Lunatic asylums Madras 1877-1891 - 1877-1891
Year: 1877
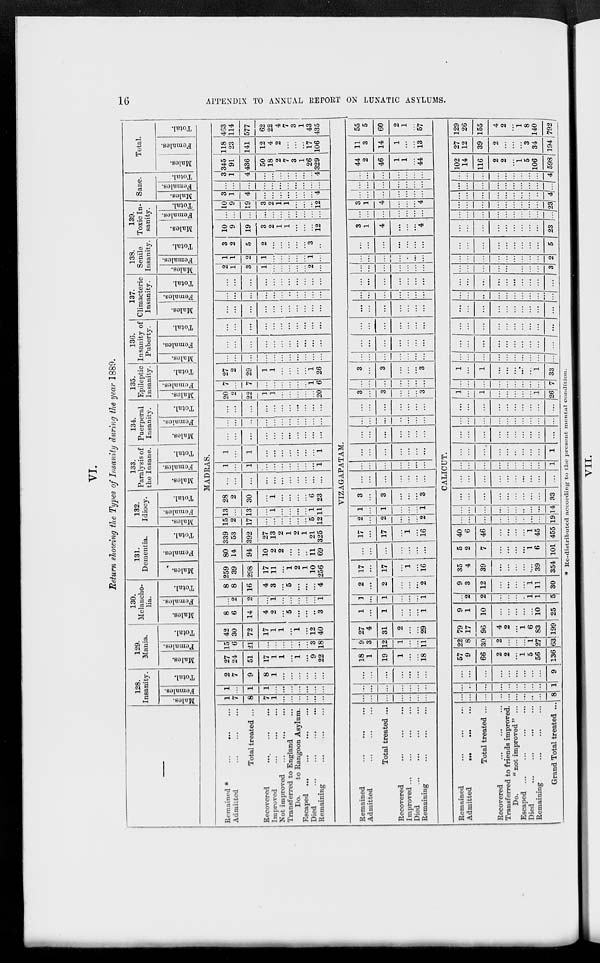
16
APPENDIX TO ANNUAL REPORT ON LUNATIC ASYLUMS.
VI.
Return showing the Types of Insanity during the year 1889.
128.
Insanity.
Males.
Females.
Total.
129.
Mania.
Males.
Females.
Total.
130.
Melancho-
lia.
Males.
Females.
Total.
131.
Dementia.
Males.
Females.
Total.
132.
Idiocy.
Males.
Females.
Total.
133.
Paralysis of
the Insane.
Males.
Females.
Total.
134.
Puerperal
Insanity.
Males.
Females.
Total.
135.
Epileptic
Insanity.
Males.
Females.
Total.
136.
Insanity of
Puberty.
Males.
Females.
Total.
137.
Climacteric
Insanity.
Males.
Females.
Total.
138.
Senile
Insanity.
Males.
Females.
Total.
139.
Toxic In-
sanity.
Males.
Females.
Total.
Sane.
Males.
Females.
Total.
Total.
Males.
Females.
Total.
MADRAS.
Remained * ... ... ...
Admitted
...
...
...
Total treated ...
Recovered
...
...
...
Improved
...
...
...
Not improved
...
...
...
Transferred to England ...
Do.
to Rangoon Asylum.
Escaped
...
...
...
...
Died
...
...
...
...
Remaining
...
...
...
1
7
8
7
1
...
...
...
...
...
...
1
...
1
1
...
...
...
...
...
...
...
2
7
9
8
1
...
...
...
...
...
...
27
24
51
17
1
1
...
1
...
9
22
15
6
21
...
...
...
...
...
...
3
18
42
30
72
17
1
1
...
1
...
12
40
8
6
14
4
2
...
5
...
...
...
3
...
2
2
...
1
...
...
...
...
...
1
8
8
16
4
3
...
5
...
...
...
4
259
39
298
17
11
...
1
2
1
10
256
80
14
94
10
2
2
...
...
...
11
69
339
53
392
27
13
2
1
2
1
21
325
15
2
17
...
...
...
...
...
...
5
12
13
...
13
...
1
...
...
...
...
1
11
28
2
30
...
1
...
...
...
...
6
23
...
...
...
...
...
...
...
...
...
...
...
1
...
1
...
...
...
...
...
...
...
1
1
...
1
...
...
...
...
...
...
...
1
...
...
...
...
...
...
...
...
...
...
...
...
...
...
...
...
...
...
...
...
...
...
...
...
...
...
...
...
...
...
...
...
...
20
2
22
1
1
...
...
...
...
...
20
7
...
7
...
...
...
...
...
...
1
6
27
2
29
1
1
...
...
...
...
1
26
...
...
...
...
...
...
...
...
...
...
...
...
...
...
...
...
...
...
...
...
...
...
...
...
...
...
...
...
...
...
...
...
...
...
...
...
...
...
...
...
...
...
...
...
...
...
...
...
...
...
...
...
...
...
...
...
...
...
...
...
...
...
...
...
...
...
2
1
3
1
...
...
...
...
...
2
...
1
1
2
1
...
...
...
...
...
1
...
3
2
5
2
...
...
...
...
...
3
...
10
9
19
3
2
1
1
...
...
...
12
...
...
...
...
...
...
...
...
...
...
...
10
9
19
3
2
1
1
...
...
...
12
3
1
4
...
...
...
...
...
...
...
4
...
...
...
...
...
...
...
...
...
...
...
3
1
4
...
...
...
...
...
...
...
4
345
91
436
50
18
2
7
3
1
26
329
118
23
141
12
4
2
...
...
...
17
106
463
114
577
62
22
4
7
3
1
43
435
VIZAGAPATAM.
Remained
...
...
...
Admitted
...
...
...
Total treated ...
Recovered
...
...
...
Improved ...
...
...
...
Died ... ... ... ...
Remaining
...
...
...
...
...
...
...
...
...
...
...
...
...
...
...
...
...
...
...
...
...
...
...
...
18
1
19
1
...
...
18
9
3
12
1
...
...
11
27
4
31
2
...
...
29
1
...
1
...
...
...
1
1
...
1
...
...
...
1
2
...
2
...
...
...
2
17
...
17
...
1
...
16
...
...
...
...
...
...
...
17
...
17
...
1
...
16
2
...
2
...
...
...
2
1
...
1
...
...
...
1
3
...
3
...
...
...
3
...
...
...
...
...
...
...
...
...
...
...
...
...
...
...
...
...
...
...
...
...
...
...
...
...
...
...
...
...
...
...
...
...
...
...
...
...
...
...
...
...
...
3
...
3
...
...
...
3
...
...
...
...
...
...
...
3
...
3
...
...
...
3
...
...
...
...
...
...
...
...
...
...
...
...
...
...
...
...
...
...
...
...
...
...
...
...
...
...
...
...
...
...
...
...
...
...
...
...
...
...
...
...
...
...
...
...
...
...
...
...
...
...
...
...
...
...
...
...
...
...
...
...
...
...
...
3
1
4
...
...
...
4
...
...
...
...
...
...
...
3
1
4
...
...
...
4
...
...
...
...
...
...
...
...
...
...
...
...
...
...
...
...
...
...
...
...
...
44
2
46
1
1
...
44
11
3
14
1
...
...
13
55
5
60
2
1
...
57
CALICUT.
Remained
...
...
...
Admitted
...
...
...
Total treated ...
Recovered
...
...
...
Transferred to friends improved.
Do. "not improved" ...
Escaped ...
...
...
...
Died ... ... ... ...
Remaining
...
...
...
Grand Total treated ...
...
...
...
...
...
...
...
...
...
8
...
...
...
...
...
...
...
...
...
1
...
...
...
...
...
...
...
...
...
9
57
9
66
2
2
...
1
5
56
136
22
8
30
2
...
...
...
1
27
63
79
17
96
4
2
...
1
6
83
199
9
1
10
...
...
...
...
...
10
25
...
2
2
...
...
...
..
1
1
5
9
3
12
...
...
...
...
1
11
30
35
4
39
...
...
...
...
....
39
354
5
2
7
...
...
...
...
1
6
101
40
6
46
...
...
...
...
1
45
455
...
...
...
...
...
...
...
...
...
19
...
...
...
...
...
...
...
...
...
14
...
...
...
...
...
...
...
...
...
33
...
...
...
...
...
...
...
...
...
...
...
...
...
...
...
...
...
...
...
1
...
...
....
...
....
...
...
...
...
1
...
...
...
...
...
...
...
...
...
...
...
...
...
...
...
...
...
...
...
...
...
...
...
...
...
...
...
...
...
...
1
...
1
...
...
...
...
...
1
26
...
...
...
...
...
...
...
...
...
7
1
...
1
...
...
...
...
...
1
33
...
...
...
...
...
...
...
...
...
...
...
...
...
...
...
...
...
...
...
...
...
...
...
...
...
...
...
...
...
...
...
...
...
...
...
...
...
...
...
...
...
...
...
...
...
...
...
...
...
...
...
...
...
...
...
...
...
...
...
...
...
...
...
...
...
...
...
...
...
3
...
...
...
...
...
...
...
...
...
2
...
...
...
...
...
...
...
...
...
5
...
...
...
...
...
...
...
...
...
23
...
...
...
...
...
...
...
...
...
...
...
...
...
...
...
...
...
...
...
23
...
...
...
...
...
...
...
...
...
4
...
...
...
...
...
...
...
...
...
...
...
...
...
...
...
...
...
...
...
4
102
14
116
2
2
...
1
5
106
598
27
12
39
2
...
...
...
3
34
194
129
26
155
4
2
...
1
8
140
792
* Re-distributed according to the present mental condition.